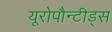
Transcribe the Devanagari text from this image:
यूरोपौन्टीड्स